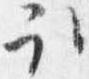
取